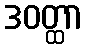
ဒဝတ္ထာ